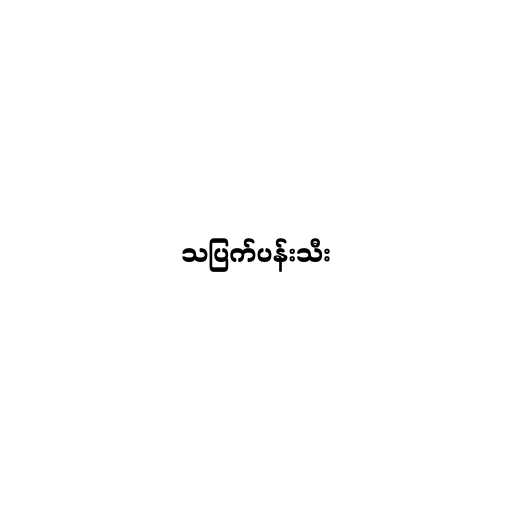
သပြက်ပန်းသီး